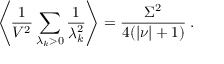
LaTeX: \left\langle \frac 1 { V ^ { 2 } } \sum _ { \lambda _ { k } > 0 } \frac 1 { \lambda _ { k } ^ { 2 } } \right\rangle = \frac { \Sigma ^ { 2 } } { 4 ( | \nu | + 1 ) } \: .